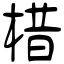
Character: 棤